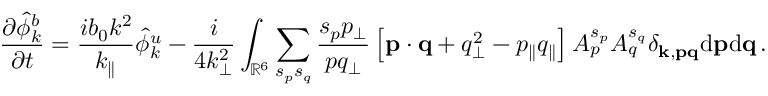
{ \frac { \partial \hat { \phi } _ { k } ^ { b } } { \partial t } } = \frac { i b _ { 0 } k ^ { 2 } } { k _ { \parallel } } \hat { \phi } _ { k } ^ { u } - \frac { i } { 4 k _ { \perp } ^ { 2 } } \int _ { \mathbb { R } ^ { 6 } } \sum _ { s _ { p } s _ { q } } \frac { s _ { p } p _ { \perp } } { p q _ { \perp } } \left[ { \bf p } \cdot { \bf q } + q _ { \perp } ^ { 2 } - p _ { \parallel } q _ { \parallel } \right] A _ { p } ^ { s _ { p } } A _ { q } ^ { s _ { q } } \delta _ { { \bf k } , { \bf p } { \bf q } } \mathrm { d } { \bf p } \mathrm { d } { \bf q } \, .